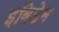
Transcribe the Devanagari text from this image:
इविडेम